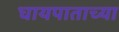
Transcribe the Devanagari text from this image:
घायपाताच्या